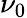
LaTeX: \nu_{0}